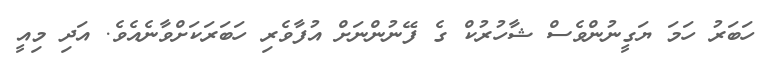
ހަަބަރު ހަމަ ޔަގީނުންވެސް ޝާހުރުކް ގެ ފޭނުންނަށް އުފާވެރި ހަބަރަކަށްވާނެއެވެ. އަދި މިއީ